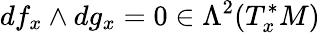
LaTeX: df_{x}\wedge dg_{x}=0\in\Lambda^{2}(T_{x}^{*}M)